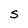
Character: S